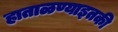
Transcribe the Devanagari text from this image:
हाताळण्याइतकी